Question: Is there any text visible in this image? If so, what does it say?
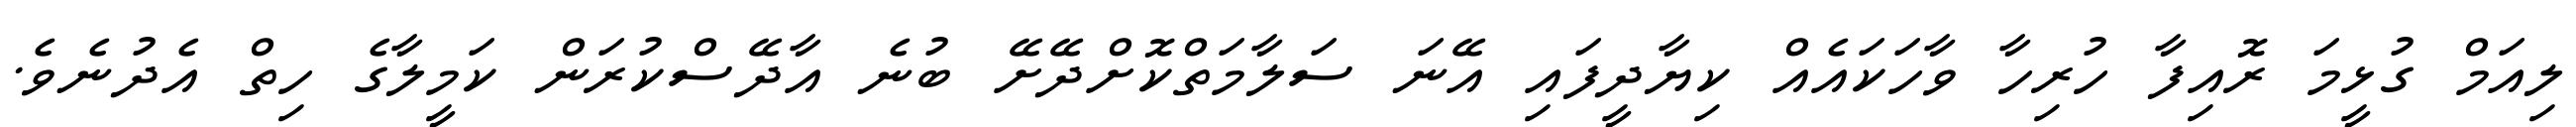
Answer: ލިއަމް ގުޅީމަ ރޮއިފާ ހުރިހާ ވާހަކައެއް ކިޔާދީފައި އޭނަ ސަލާމަތްކޮށްދޭށޭ ބުނެ އާދޭސްކުރަން ކަމީލާގެ ހިތް އެދުނެވެ.